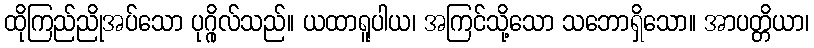
ထိုကြည်ညိုအပ်သော ပုဂ္ဂိုလ်သည်။ ယထာရူပါယ၊ အကြင်သို့သော သဘောရှိသော။ အာပတ္တိယာ၊